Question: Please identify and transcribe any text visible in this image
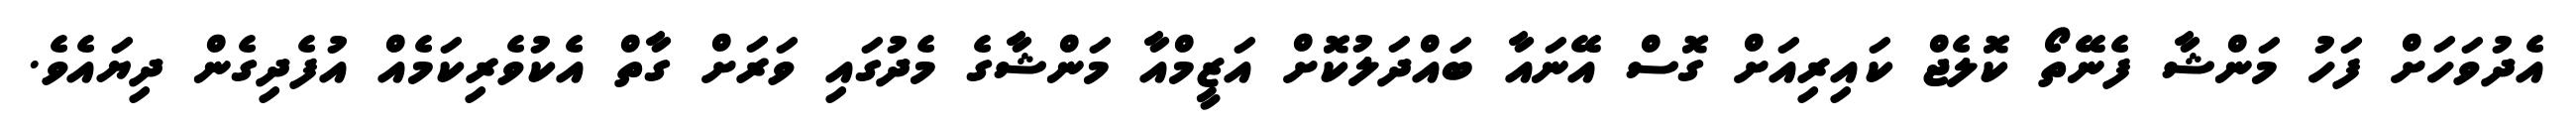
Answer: އެދުވަހަށް ފަހު މަންޝާ ފެނޭތޯ ކޮލެޖް ކައިރިއަށް ގޮސް އޭނައާ ބައްދަލުކޮށް އަޒީމްއާ މަންޝާގެ މެދުގައި ވަރަށް ގާތް އެކުވެރިކަމެއް އުފެދިގެން ދިޔައެވެ.